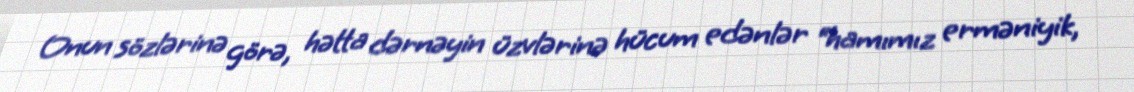
Onun sözlərinə görə, hətta dərnəyin üzvlərinə hücum edənlər “hamımız erməniyik,